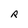
Character: R